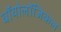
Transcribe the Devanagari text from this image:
बॉयोलॉजिकल